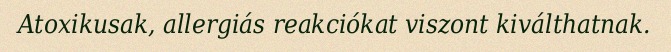
Atoxikusak, allergiás reakciókat viszont kiválthatnak.